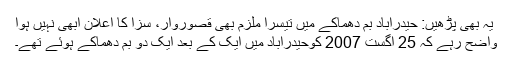
یہ بھی پڑھیں: حیدرآباد بم دھماکے میں تیسرا ملزم بھی قصوروار، سزا کا اعلان ابھی نہیں ہوا
واضح رہے کہ 25 اگست 2007 کوحیدرآباد میں ایک کے بعد ایک دو بم دھماکے ہوئے تھے۔